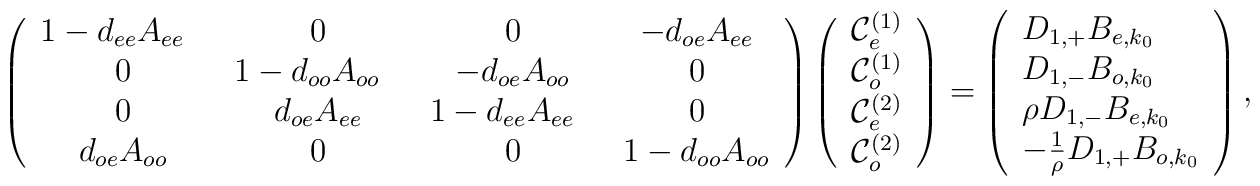
\left( \begin{array}{cccc}  1-d_{ee} A_{ee}~~ & 0 & 0 & -d_{oe} A_{ee} \\  0 & 1-d_{oo} A_{oo}~~ & -d_{oe} A_{oo} & 0 \\  0 &  d_{oe} A_{ee}  & 1- d_{ee} A_{ee}~~ & 0 \\  d_{oe} A_{oo} & 0 & 0 & 1-d_{oo} A_{oo}\end{array} \right)\left( \begin{array}{l} {\cal C}^{(1)}_e \\ {\cal C}^{(1)}_o \\  {\cal C}^{(2)}_e \\{\cal C}^{(2)}_o  \end{array} \right)=\left( \begin{array}{l}  D_{1,+}B_{e,k_0} \\ D_{1,-} B_{o,k_0}\\ \rho  D_{1,-}B_{e,k_0}  \\ -{1\over \rho} D_{1,+}B_{o,k_0} \end{array} \right),